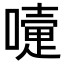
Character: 𡁲